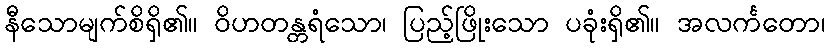
နီသောမျက်စိရှိ၏။ ဝိဟတန္တရံသော၊ ပြည့်ဖြိုးသော ပခုံးရှိ၏။ အလင်္ကတော၊